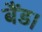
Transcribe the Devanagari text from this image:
बैंड।